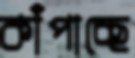
কাঁপাচ্ছে